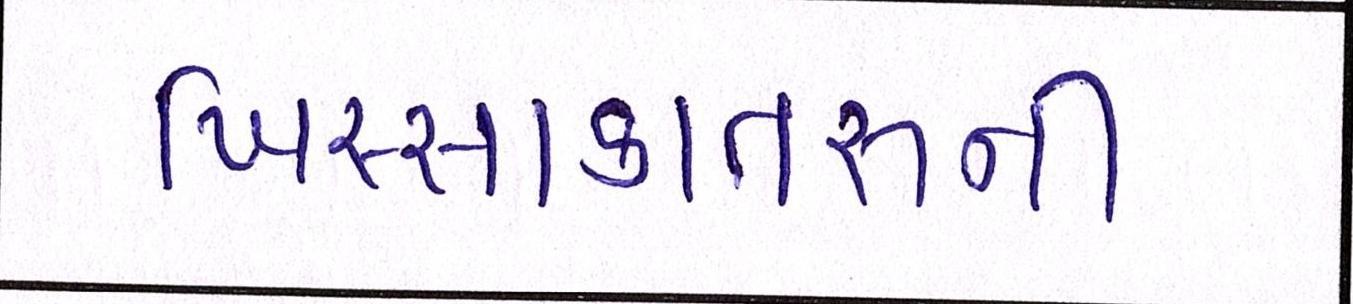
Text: ખિસ્સાકાતરુની